Civil Veterinary Dept. Assam report 1927-50 - 1927-1950
Year: 1927
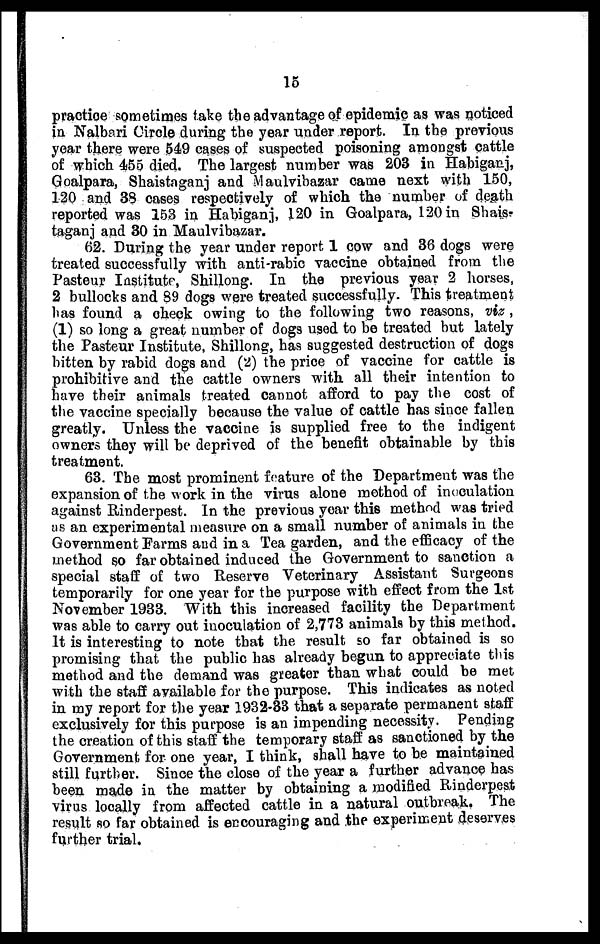
15
practice sometimes take the advantage of epidemic as was noticed
in Nalbari Circle during the year under report. In the previous
year there were 549 cases of suspected poisoning amongst cattle
of which 455 died. The largest number was 203 in Habiganj,
Goalpara, Shaistnganj and Maulvibazar came next with 150,
120 and 38 cases respectively of which the number of death
reported was 153 in Habiganj, 120 in Goalpara, 120 in Shais-
taganj and 30 in Maulvibazar.
62. During the year under report 1 cow and 36 dogs were
treated successfully with anti-rabic vaccine obtained from the
Pasteur Institute, Shillong. In the previous year 2 horses,
2 bullocks and 89 dogs were treated successfully. This treatment
has found a check owing to the following two reasons, viz ,
(1) so long a great number of dogs used to be treated but lately
the Pasteur Institute, Shillong, has suggested destruction of dogs
bitten by rabid dogs and (2) the price of vaccine for cattle is
prohibitive and the cattle owners with all their intention to
have their animals treated cannot afford to pay the cost of
the vaccine specially because the value of cattle has since fallen
greatly. Unless the vaccine is supplied free to the indigent
owners they will be deprived of the benefit obtainable by this
treatment.
63. The most prominent feature of the Department was the
expansion of the work in the virus alone method of inoculation
against Rinderpest. In the previous year this method was tried
as an experimental measure on a small number of animals in the
Government Farms and in a Tea garden, and the efficacy of the
method so far obtained induced the Government to sanction a
special staff of two Reserve Veterinary Assistant Surgeons
temporarily for one year for the purpose with effect from the 1st
November 1933. With this increased facility the Department
was able to carry out inoculation of 2,773 animals by this method.
It is interesting to note that the result so far obtained is so
promising that the public has already begun to appreciate this
method and the demand was greater than what could be met
with the staff available for the purpose. This indicates as noted
in my report for the year 1932-33 that a separate permanent staff
exclusively for this purpose is an impending necessity. Pending
the creation of this staff the temporary staff as sanctioned by the
Government for one year, I think, shall have to be maintained
still further. Since the close of the year a further advance has
been made in the matter by obtaining a modified Rinderpest
virus locally from affected cattle in a natural outbreak. The
result so far obtained is encouraging and the experiment deserves
further trial.